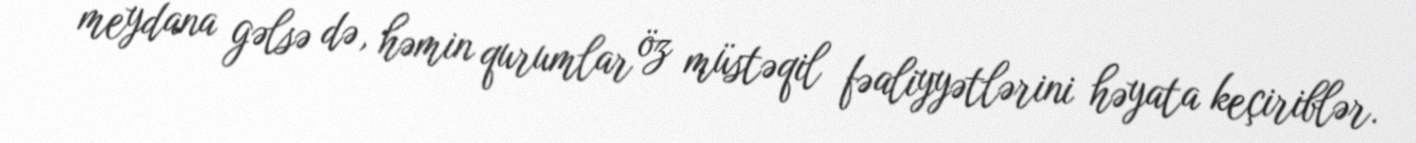
meydana gəlsə də, həmin qurumlar öz müstəqil fəaliyyətlərini həyata keçiriblər.